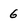
Character: 6